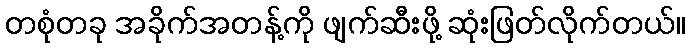
တစုံတခု အခိုက်အတန့်ကို ဖျက်ဆီးဖို့ ဆုံးဖြတ်လိုက်တယ်။